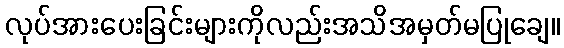
လုပ်အားပေးခြင်းများကိုလည်းအသိအမှတ်မပြုချေ။